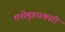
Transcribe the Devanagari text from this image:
मनोमुडधकारी